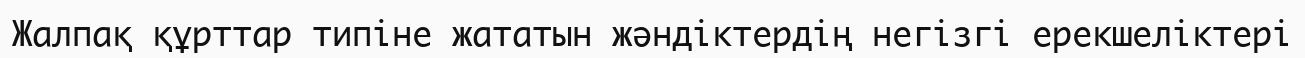
Жалпақ құрттар типіне жататын жәндіктердің негізгі ерекшеліктері